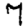
Digit: 7